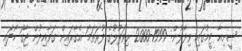
ސީނިއާ ޓީމުގައި ވިދާލުން: 1999-2000 ލިވަޕޫލުގެ ފުރަތަމަ އެގާރައިން ގަވާއިދުން ޖާގަ ހޯދައި